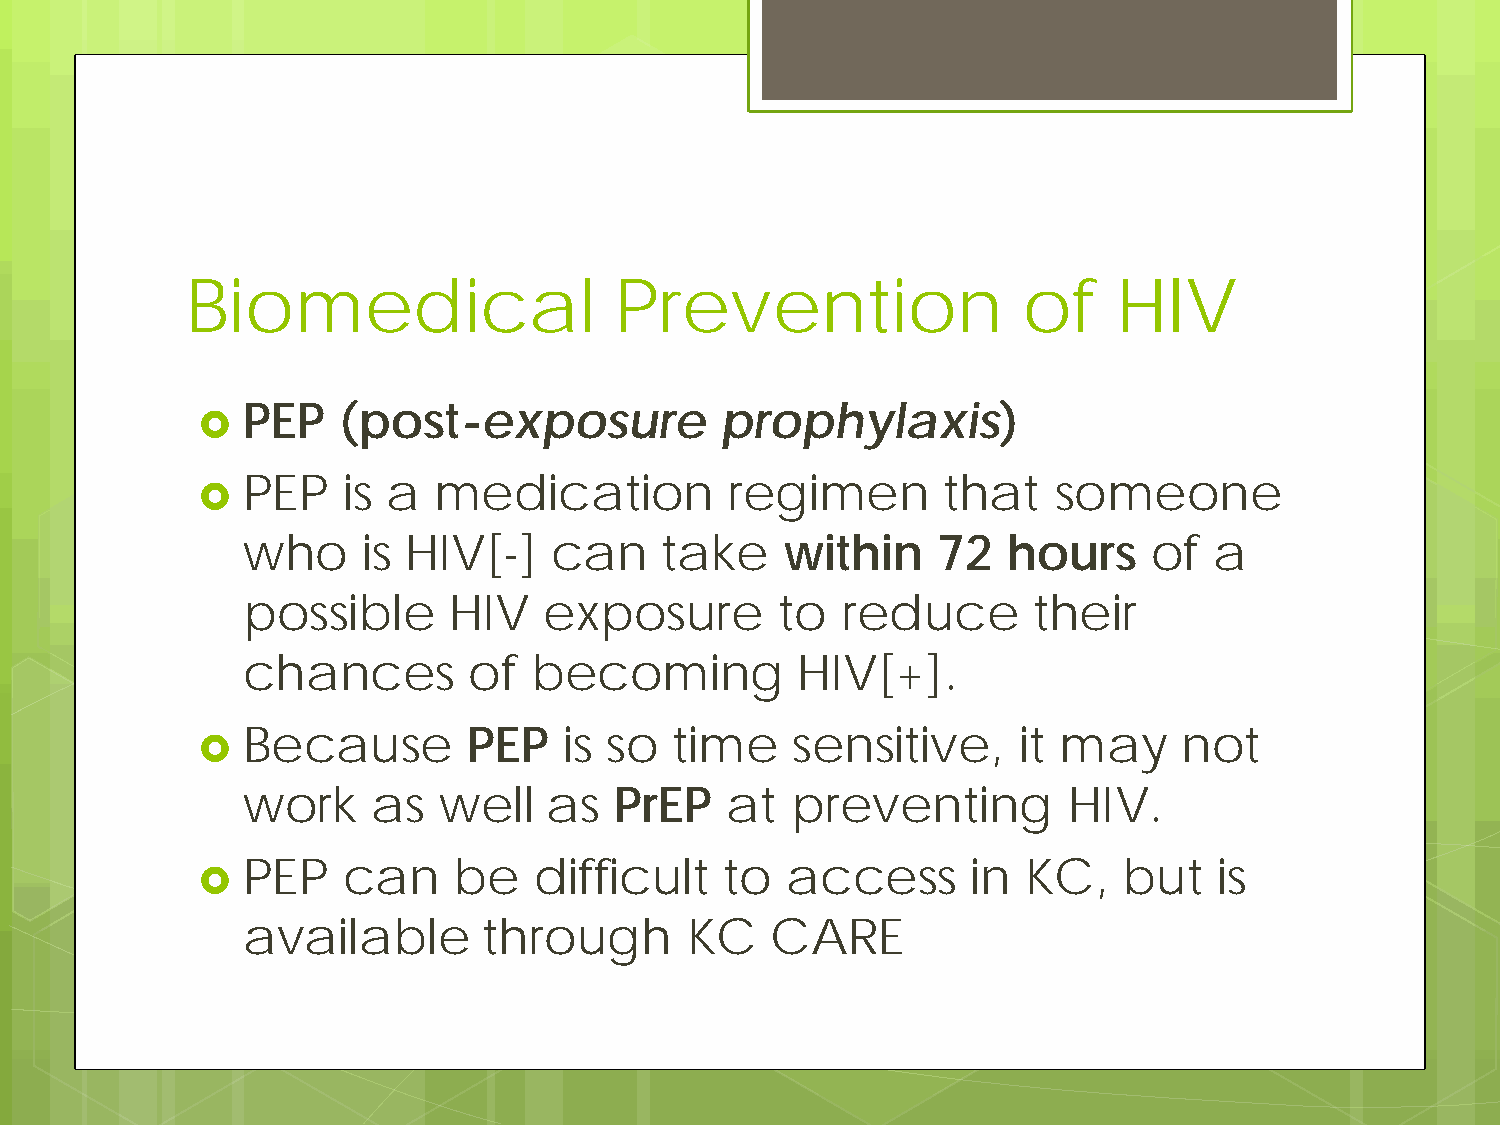
Biomedical                   Prevention                 of    HIV
   PEP   (post-exposure            prophylaxis)
   PEP    is a  medication         regimen       that    someone
 who     is HIV[-]   can     take    within    72   hours    of  a
 possible      HIV   exposure        to  reduce      their
 chances        of  becoming          HIV[+].
   Because        PEP   is so   time   sensitive,     it may     not
 work     as  well   as   PrEP   at  preventing         HIV.
   PEP    can    be   difficult    to  access      in  KC,   but    is
 available       through      KC    CARE